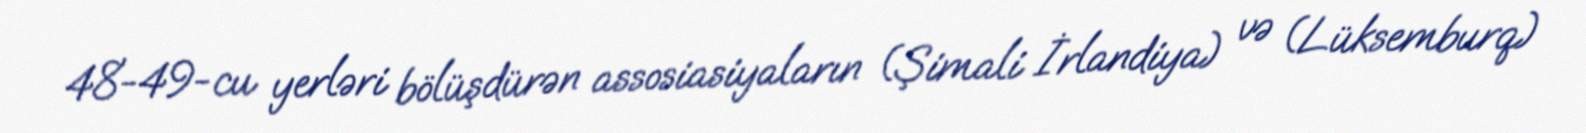
48-49-cu yerləri bölüşdürən assosiasiyaların (Şimali İrlandiya) və (Lüksemburq)